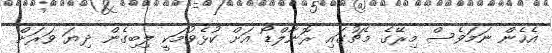
އެހެން ނަމަވެސް މިރޭގެ މެޗުގައި ރޮނާލްޑޯ އަށް ކުޅެވުމަކީ ލިބިގެން ދިޔަ ވަރަށް